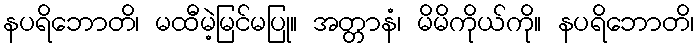
နပရိဘောတိ၊ မထီမဲ့မြင်မပြု။ အတ္တာနံ၊ မိမိကိုယ်ကို။ နပရိဘောတိ၊